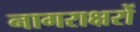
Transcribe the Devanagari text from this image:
नागराक्षरों